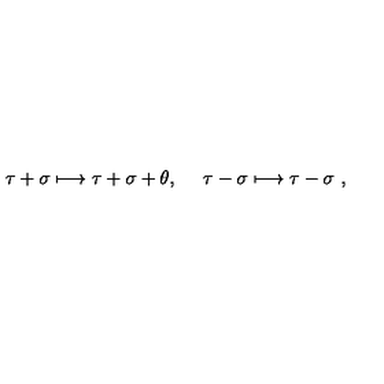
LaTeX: \tau + \sigma \longmapsto \tau + \sigma + \theta , \ \quad \tau - \sigma \longmapsto \tau - \sigma \ ,